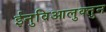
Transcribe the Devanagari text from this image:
ईनुविआलुक्तुन